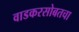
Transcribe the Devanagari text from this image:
वाडकरसोबतचा